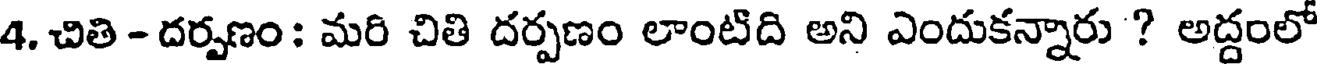
4. చితి - దర్పణం: మరి చితి దర్పణం లాంటిది అని ఎందుకన్నారు ? అద్దంలో